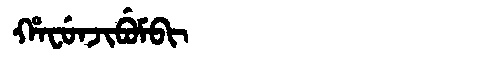
Manchu: ᡥᠠᠸᡠᠨᠵᡳᠪᡠᠮᠪᡳ
Romanization: HAFUNJIBUMBI